Civil Veterinary Department Bihar & Orissa reports 1929-36 - 1929-1936
Year: 1929
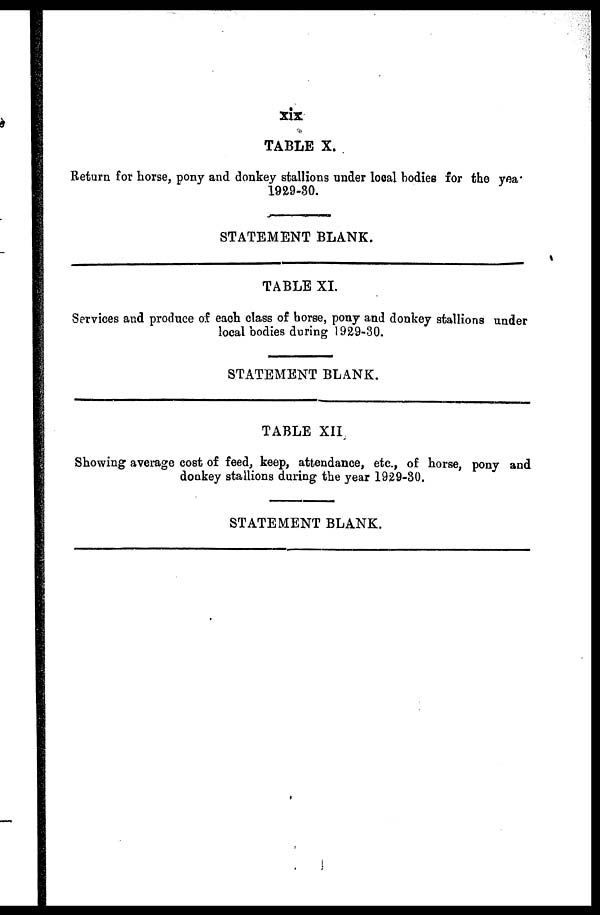
xix
TABLE X.
Return for horse, pony and donkey stallions under local bodies for the yea*
1929-30.
STATEMENT BLANK.
TABLE XI.
Services and produce of each class of horse, pony and donkey stallions under
local bodies during 1929-30.
STATEMENT BLANK.
TABLE XII
Showing average cost of feed, keep, attendance, etc., of horse, pony and
donkey stallions during the year 1929-30.
STATEMENT BLANK.